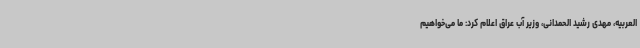
العربیه، مهدی رشید الحمدانی، وزیر آب عراق اعلام کرد: ما می‌خواهیم